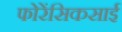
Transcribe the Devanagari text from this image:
फोरेंसिकसाई